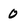
Character: 0